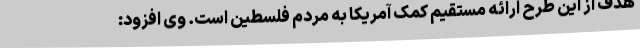
هدف از این طرح ارائه مستقیم کمک آمریکا به مردم فلسطین است. وی افزود: